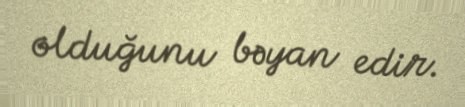
olduğunu bəyan edir.